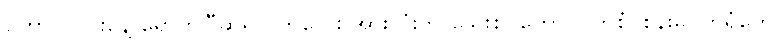
ဟောလိုဝင်းနေ့ ရောက်ပြီဆိုရင် ကလေး အားလုံးက သွေးစုပ်ကောင်ဝတ်စုံ၊ စုန်းမဝတ်ရုံတွေ